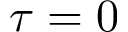
\tau = 0